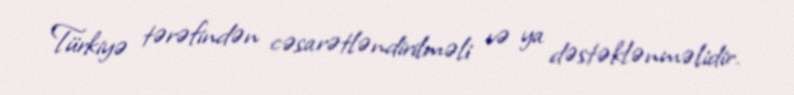
Türkiyə tərəfindən cəsarətləndirilməli və ya dəstəklənməlidir.